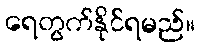
ရေတွက်နိုင်ရမည်။